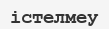
істелмеу